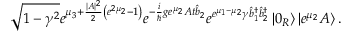
\sqrt { 1 - \gamma ^ { 2 } } e ^ { \mu _ { 3 } + \frac { | A | ^ { 2 } } { 2 } \left( e ^ { 2 \mu _ { 2 } } - 1 \right) } e ^ { - \frac { i } { \hslash } g e ^ { \mu _ { 2 } } A t \hat { b } _ { 2 } } e ^ { e ^ { \mu _ { 1 } - \mu _ { 2 } } \gamma \hat { b } _ { 1 } ^ { \dagger } \hat { b } _ { 2 } ^ { \dagger } } \left\vert 0 _ { R } \right\rangle \left\vert e ^ { \mu _ { 2 } } A \right\rangle .